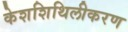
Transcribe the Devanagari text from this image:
केशशिथिलीकरण